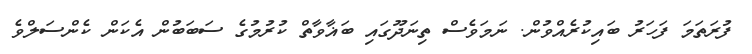
ފުރަތަމަ ފަހަރު ބައިކުރެއްވުން. ނަމަވެސް ތިނަދޫގައި ބަޣާވާތް ކުރުމުގެ ސަބަބުން އެކަން ކެންސަލްވެ